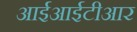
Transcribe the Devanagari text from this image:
आईआईटीआर